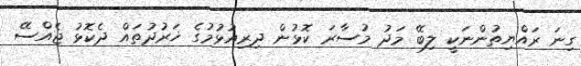
ގިނަ ރައްޔިތުންނަކީ ލިބޭ މަދު މުސާރަ ކޮޅުން ދިރިއުޅުމުގެ ޚަރުދުތައް ދެކޮޅު ޖެއްސޭ